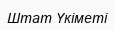
Штат Үкіметі